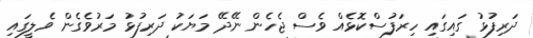
ދަރިފުޅު ގައިގައި ހިރަފުސްކޮޅެއް ވެސް ޖެހެން ނޭދޭ މަޔަކު ދަރިފުޅު މަރުވެގެން ވެލީގައި